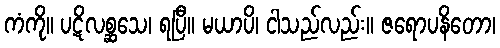
ကံကို။ ပဋိလစ္ဆသေ၊ ရပြီ။ မယာပိ၊ ငါသည်လည်း။ ဇရောပနိတော၊